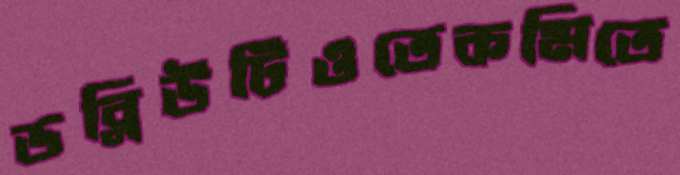
ডব্লিউটিওতেকমিতে